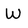
Character: W